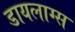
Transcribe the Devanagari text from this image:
डायलाग्स